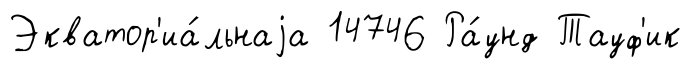
Экватор'иа́льнаjа 14746 Ра́унд Тауф'ик